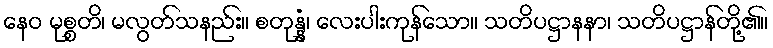
နေဝ မုစ္စတိ၊ မလွတ်သနည်း။ စတုန္နံ၊ လေးပါးကုန်သော။ သတိပဋ္ဌာနနာ၊ သတိပဋ္ဌာန်တို့၏။